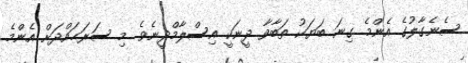
ސެނެގާލުގެ އެންމެ ގިނަ ބަޔަކު ތަބާވާ ދީނަކީ އިސްލާމްދީނެވެ. މި ސަރަޙައްދަށް އެންމެ